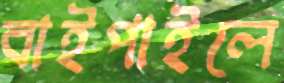
বাইপাইলে